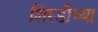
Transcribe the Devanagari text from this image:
शिरडीच्या